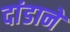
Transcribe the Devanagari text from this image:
दांडाने